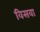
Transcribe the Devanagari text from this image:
विसवा